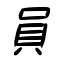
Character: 員